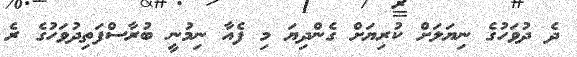
ދެ ދުވަހުގެ ނިޔަލަށް ކުރިޔަށް ގެންދިޔަ މި ފެއާ ނިމުނީ ބުރާސްފަތިދުވަހުގެ ރެ